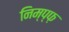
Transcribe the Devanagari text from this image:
निम्प्फ़